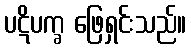
ပဋိပက္ခ ဖြေရှင်းသည်။